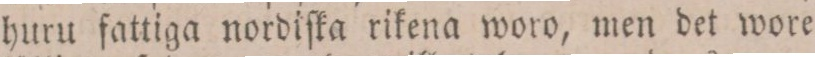
huru fattiga nordiſka rikena woro, men det wore